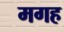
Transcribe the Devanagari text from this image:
मगह